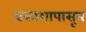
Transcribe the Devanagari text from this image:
प्रकाशापासून